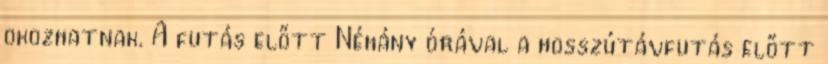
okozhatnak. A futás előtt Néhány órával a hosszútávfutás előtt